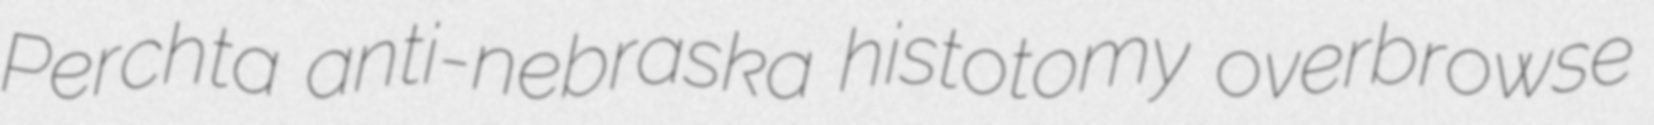
Perchta anti-nebraska histotomy overbrowse